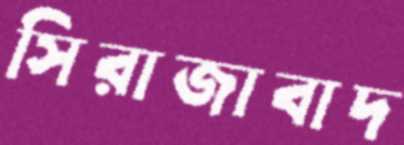
সিরাজাবাদ